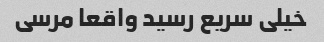
خیلی سریع رسید واقعا مرسی